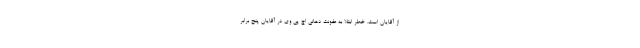
از آقایان است. خطر ابتلا به عفونت دهانی اچ پی وی در آقایان پنج برابر